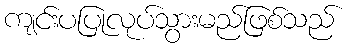
ကျင်းပပြုလုပ်သွားမည်ဖြစ်သည်